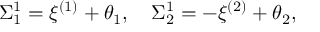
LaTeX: \Sigma _ { 1 } ^ { 1 } = \xi ^ { ( 1 ) } + \theta _ { 1 } , \quad \Sigma _ { 2 } ^ { 1 } = - \xi ^ { ( 2 ) } + \theta _ { 2 } ,